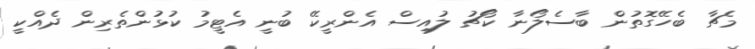
މެޗާ ބެހޭގޮތުން ބާސެލޯނާ ކޯޗު ލުއިސް އެންރީކޭ ބުނީ އެޓީމު ކުޅުންތެރިން ދެއްކީ